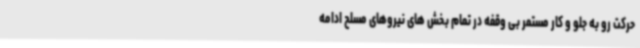
حرکت رو به جلو و کار مستمر بی وقفه در تمام بخش های نیروهای مسلح ادامه